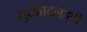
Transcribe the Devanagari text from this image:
सुरक्षादलांशी